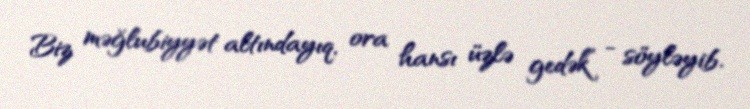
Biz məğlubiyyət altındayıq, ora hansı üzlə gedək” - söyləyib.